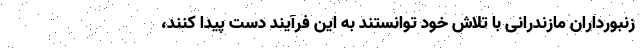
زنبورداران مازندرانی با تلاش خود توانستند به این فرآیند دست پیدا کنند،